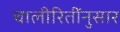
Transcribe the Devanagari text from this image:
चालीरितींनुसार